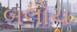
બલોચ